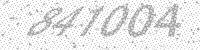
Solution: 841004